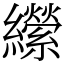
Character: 𦇝